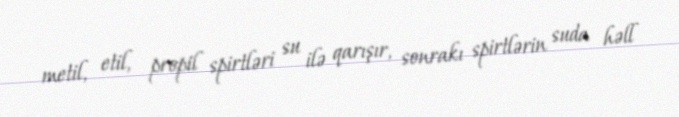
metil, etil, propil spirtləri su ilə qarışır, sonrakı spirtlərin suda həll